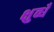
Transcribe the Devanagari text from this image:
क्षुब्धँ